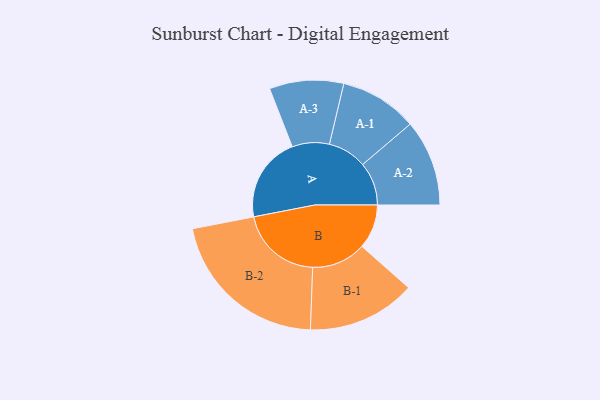
{"axis": {"x": "Segment", "y": "Value"}, "legend": ["", "A", "B"], "data": [{"x": "A", "y": 294, "type": ""}, {"x": "B", "y": 153, "type": ""}, {"x": "A-1", "y": 134, "type": "A"}, {"x": "A-2", "y": 149, "type": "A"}, {"x": "A-3", "y": 128, "type": "A"}, {"x": "B-1", "y": 187, "type": "B"}, {"x": "B-2", "y": 284, "type": "B"}]}